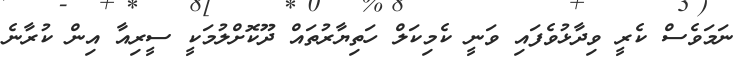
ނަމަވެސް ކެރީ ވިދާޅުވެފައި ވަނީ ކެމިކަލް ހަތިޔާރުތައް ދޫކޮށްލުމަކީ ސީރިއާ އިން ކުރާނެ